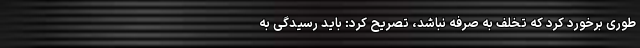
طوری برخورد کرد که تخلف به صرفه نباشد، تصریح کرد: باید رسیدگی به